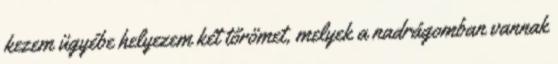
kezem ügyébe helyezem két tőrömet, melyek a nadrágomban vannak